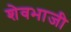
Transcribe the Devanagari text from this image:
शेवभाजी